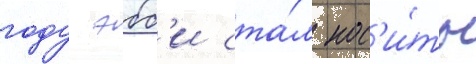
году эбб'и ста́л нос'и́ть